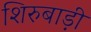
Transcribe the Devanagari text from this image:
शिरुबाड़ी